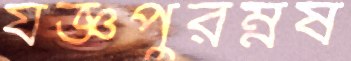
যজ্ঞপুরম্নষ